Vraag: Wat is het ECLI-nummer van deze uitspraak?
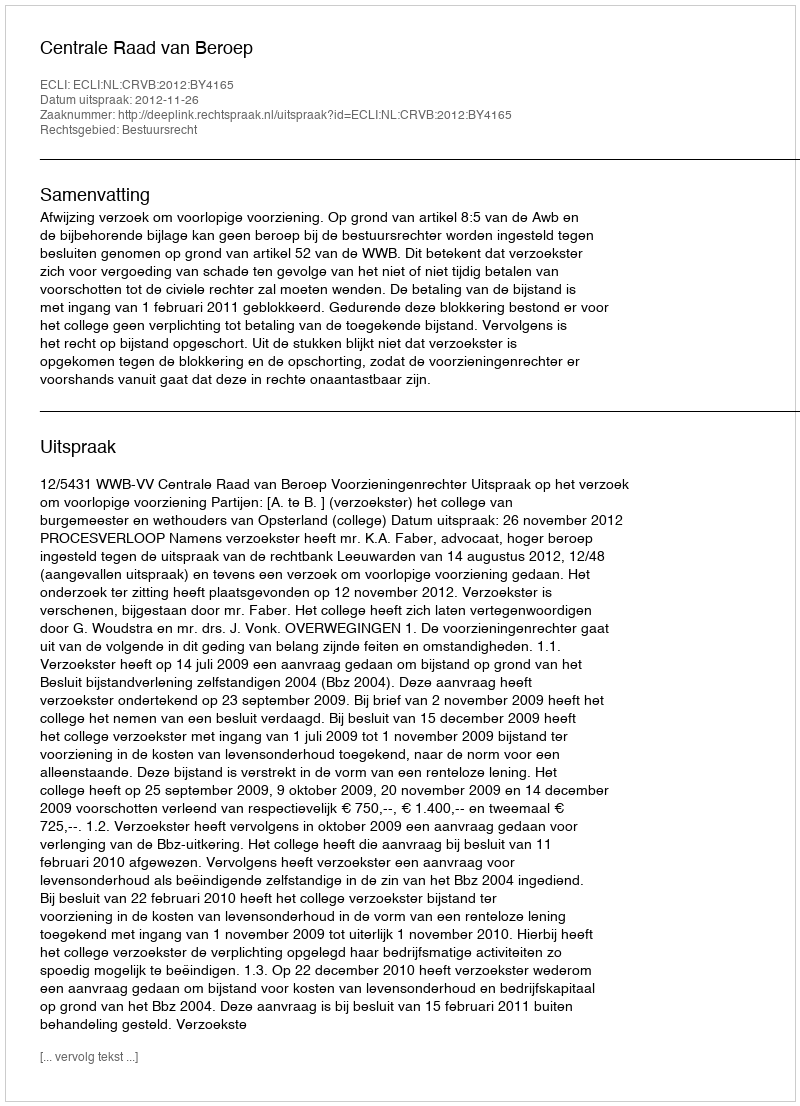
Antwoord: ECLI:NL:CRVB:2012:BY4165